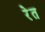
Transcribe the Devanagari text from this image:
रेेत